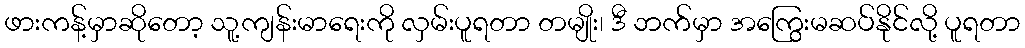
ဖားကန့်မှာဆိုတော့ သူ့ကျန်းမာရေးကို လှမ်းပူရတာ တမျိုး၊ ဒီ ဘက်မှာ အကြွေးမဆပ်နိုင်လို့ ပူရတာ